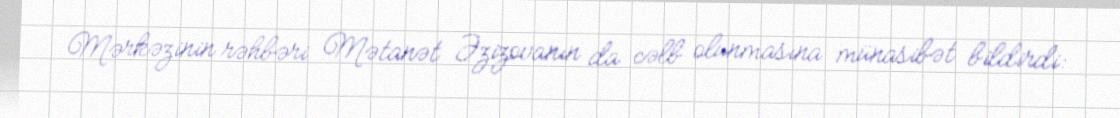
Mərkəzinin rəhbəri Mətanət Əzizovanın da cəlb olunmasına münasibət bildirdi: